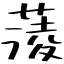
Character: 蔆